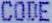
CODE